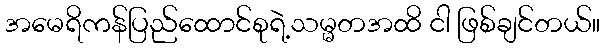
အမေရိကန်ပြည်ထောင်စုရဲ့သမ္မတအထိ ငါ ဖြစ်ချင်တယ်။